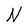
Character: N